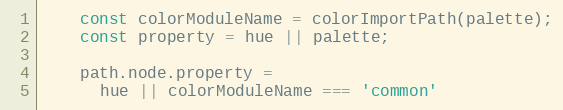
Language: JavaScript
    const colorModuleName = colorImportPath(palette);
    const property = hue || palette;

    path.node.property =
      hue || colorModuleName === 'common'